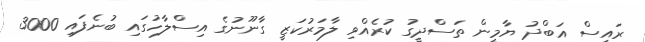
ރައީސް އަބްދު ޔާމީން ތަސްދީގު ކުރެއްވި ލާމަރުކަޒީ ގާނޫނުގެ އިސްލާހުގައި ބުނެފައި 3000